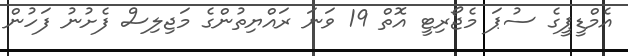
އެމްޑީޕީގެ ސުޕަ މެޖޯރިޓީ އޮތް 19 ވަނަ ރައްޔިތުންގެ މަޖިލިސް ފެށުނު ފަހުން